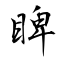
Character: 睥